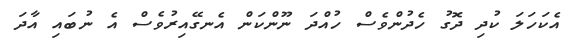
އެކަހަލަ ކުދި ދޮގު ހެދުންވެސް ހުއްދަ ނޫންކަން އެނގޭއިރުވެސް އެ ނުބައި އާދަ